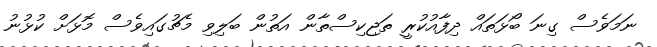
ނަމަވެސް ގިނަ ބޯޅަތައް ދިފާއުކުރީ ތަޖިކިސްތާން އަތުން ބަލިވި މެޗުގައިވެސް މޮޅަށް ކުޅުނު